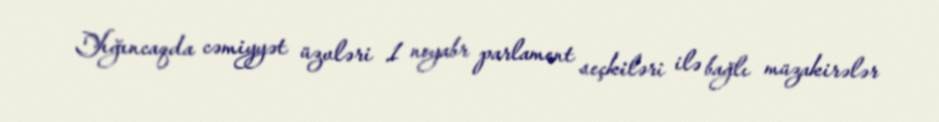
Yığıncaqda cəmiyyət üzvləri 1 noyabr parlament seçkiləri ilə bağlı müzakirələr